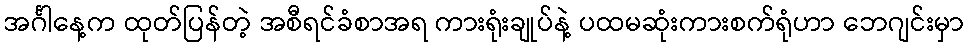
အင်္ဂါနေ့က ထုတ်ပြန်တဲ့ အစီရင်ခံစာအရ ကားရုံးချုပ်နဲ့ ပထမဆုံးကားစက်ရုံဟာ ဘေဂျင်းမှာ